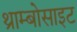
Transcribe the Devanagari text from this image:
थ्राम्बोसाइट